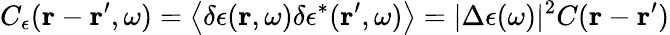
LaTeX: C_{\epsilon}(\boldsymbol{\mathbf{r}}-\boldsymbol{\mathbf{r}}^{\prime},\omega)=\left\langle\delta\epsilon(\boldsymbol{\mathbf{r}},\omega)\delta\epsilon^{*}(\boldsymbol{\mathbf{r}}^{\prime},\omega)\right\rangle=|\Delta\epsilon(\omega)|^{2}C(\boldsymbol{\mathbf{r}}-\boldsymbol{\mathbf{r}}^{\prime})